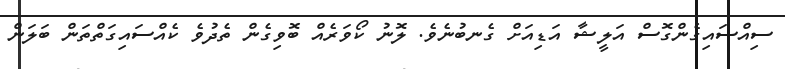
ސިިއްސައިގެންގޮސް އަަލީޝާ އަޑިއަށް ގެނބުނެވެ. ލޮނު ކޯވަރެއް ބޮވިގެން ތެދުވެ ކެއްސައިގަތްތަން ބަލަން